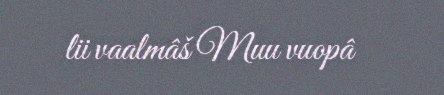
lii vaalmâš Muu vuopâ